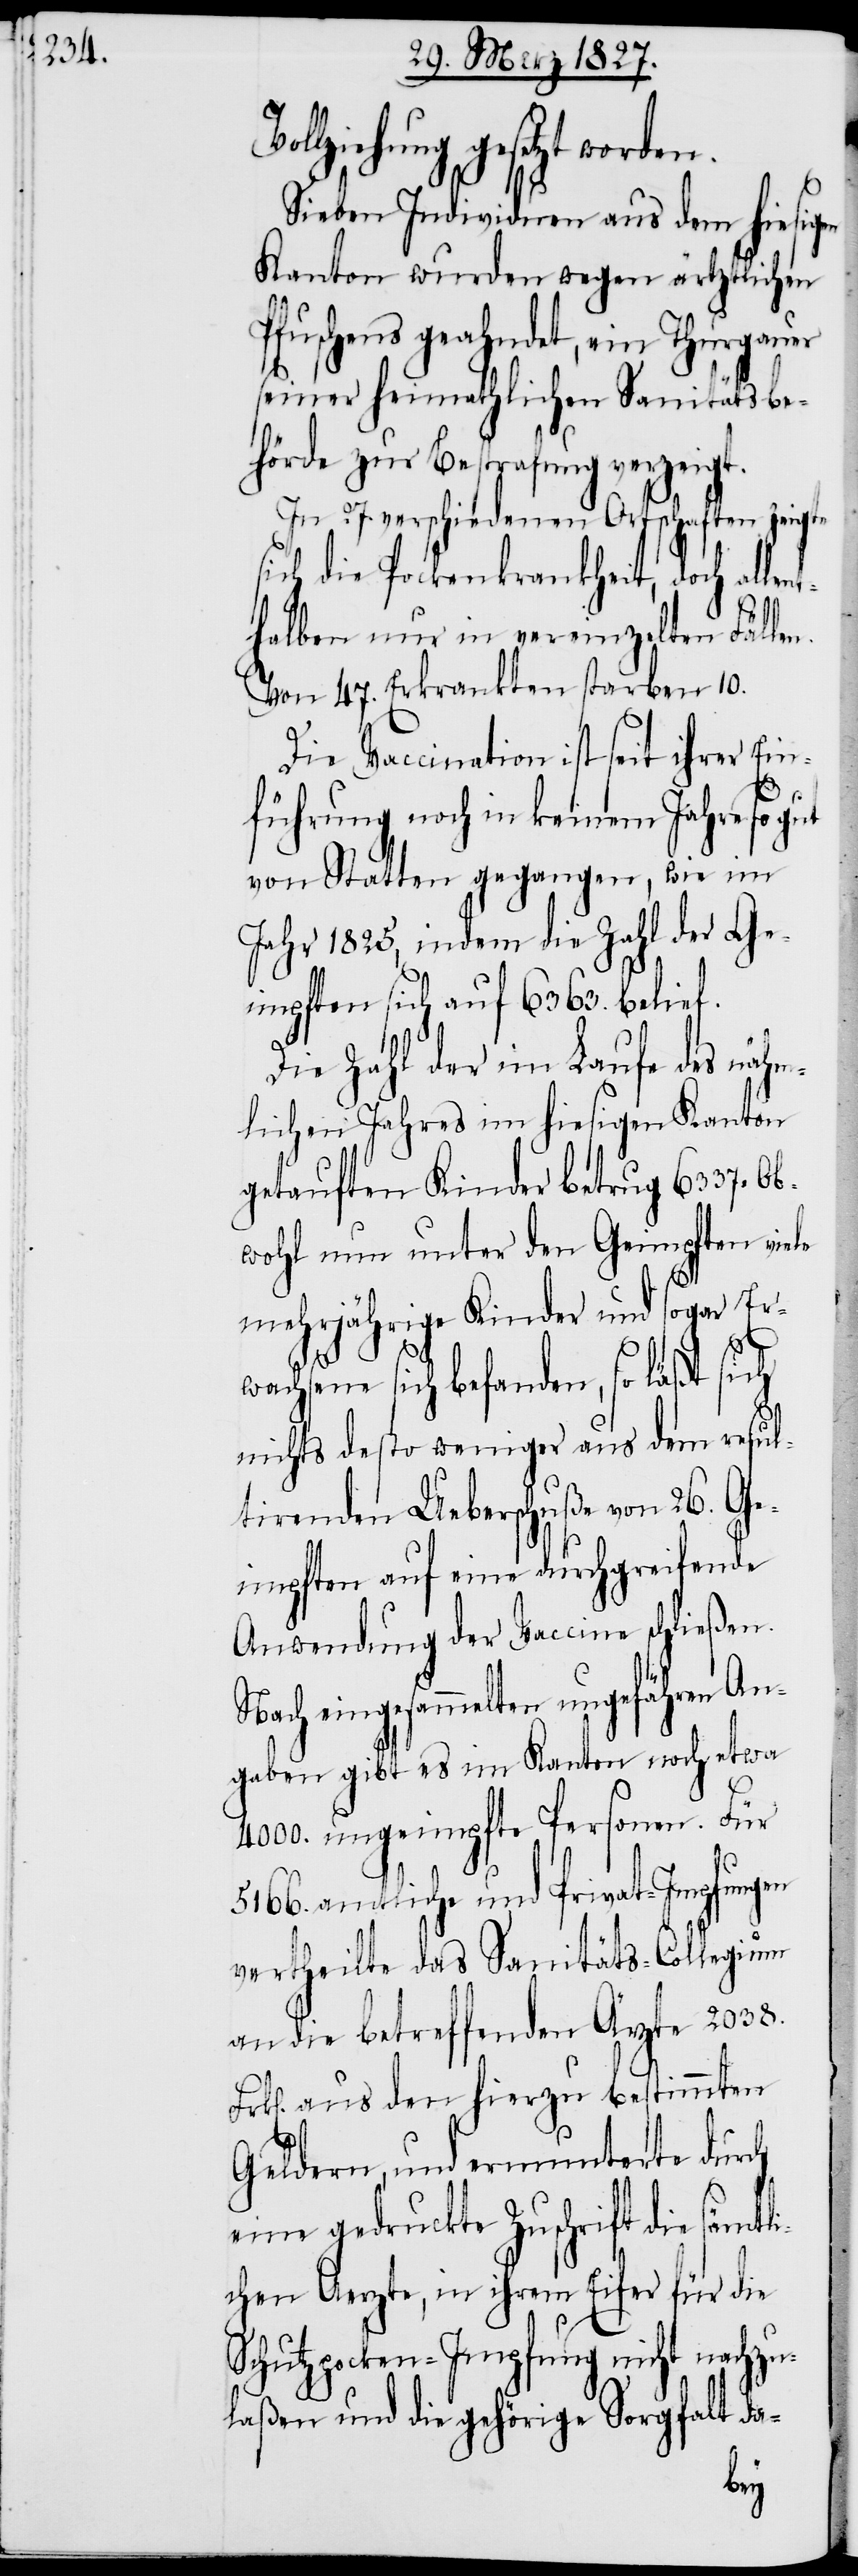
Vollz¬

iehung gesetzt worden.
Sieben Individuen aus dem hiesigen
Kanton wurden wegen ärztlichen
Pfuschens geahndet, ein Thurgauer
seiner heimathlichen Sanitätsbe¬
hörde zur Bestrafung verzeigt.
In 27. verschiedenen Ortschaften zeigte
sich die Pockenkrankheit, doch allen¬
thalben nur in vereinzelten Fälle¬
Die Vaccination ist seit ihrer Ein¬
führung noch in keinem Jahre so gut
von Statten gegangen, wie im
Jahr 1825, indem die Zahl der Ge¬
impften sich auf 6363. belief.
Die Zahl der im Laufe des nähm¬
lichen Jahres im hiesigen Kanton
getauften Kinder betrug 6337. Ob¬
wohl nun unter den Geimpften viele
mehrjährige Kinder und sogar Er¬
wachsene sich befanden, so läßt sich
nichts desto weniger aus dem resul¬
tirenden Ueberschuße von 26. Ge¬
impften auf eine durchgreifende
Anwendung der Vaccine schließen.
eingesammelten ungefähren An¬
gaben gibt es im Kanton noch etwa
4000. ungeimpfte Personen. Für
5166. amtliche und Privat-Impfungen
vertheilte das Sanitäts-Collegium
an die betreffenden Ärzte 2038.
aus den hierzu bestimmten
Geldern, und ermunterte durch
eine gedruckte Zuschrift die sämtl¬
ichen Aerzte, in ihrem Eifer für die
Schutzpocken-Impfung nicht nachzu¬
laßen und die gehörige Sorgfalt da-
n.